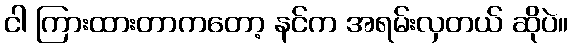
ငါ ကြားထားတာကတော့ နင်က အရမ်းလှတယ် ဆိုပဲ။